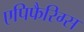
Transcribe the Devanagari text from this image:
एपिफैरिग्स